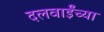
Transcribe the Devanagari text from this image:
दलवाईंच्या